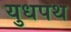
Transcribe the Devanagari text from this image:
युधपथ